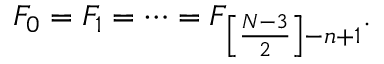
{ \cal F } _ { 0 } = { \cal F } _ { 1 } = \cdots = { \cal F } _ { \left[ \frac { N - 3 } { 2 } \right] - n + 1 } .